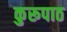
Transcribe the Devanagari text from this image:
कुरूपाठ